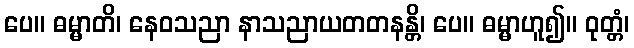
ပေ။ ဓမ္မာတိ၊ နေဝသညာ နာသညာယတတနန္တိ၊ ပေ။ ဓမ္မာဟူ၍။ ဝုတ္တံ၊